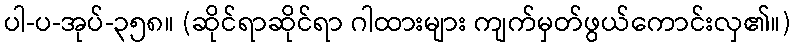
ပါ-ပ-အုပ်-၃၅၈။ (ဆိုင်ရာဆိုင်ရာ ဂါထားများ ကျက်မှတ်ဖွယ်ကောင်းလှ၏။)